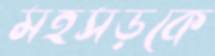
মহসড়কে